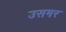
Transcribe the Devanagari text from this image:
उसमर